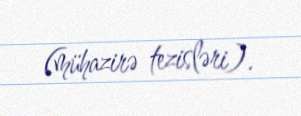
(mühazirə tezisləri).